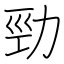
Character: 勁